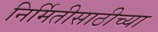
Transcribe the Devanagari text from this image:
निर्मितीसाठीच्या